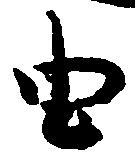
由